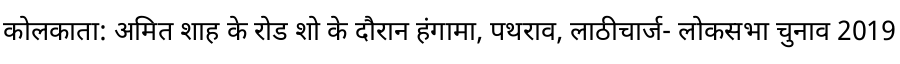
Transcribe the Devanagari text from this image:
कोलकाता: अमित शाह के रोड शो के दौरान हंगामा, पथराव, लाठीचार्ज- लोकसभा चुनाव 2019